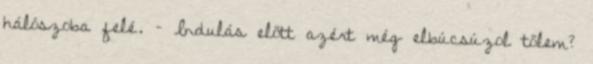
hálószoba felé. – Indulás előtt azért még elbúcsúzol tőlem?